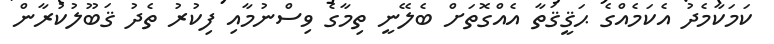
ކަމަކާމެދު އެކަމެއްގެ ޙަޤީޤަތާ އެއްގޮތަށް ބެލޭނީ ތިމާގެ ވިސްނުމާއި ފިކުރު ތެދު ޤަބޫލުކުރާން